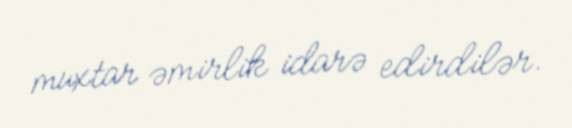
muxtar əmirlik idarə edirdilər.